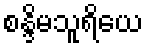
စန္ဒိမသူရိယေ